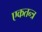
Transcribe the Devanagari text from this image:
एकतन्त्र